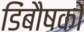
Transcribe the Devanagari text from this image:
डिंबौषकों